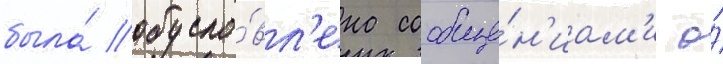
была́ обусло́вл'ена сообще́н'иам'и о́